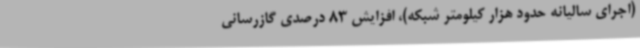
(اجرای سالیانه حدود هزار کیلومتر شبکه‌)، افزایش 83 درصدی گازرسانی